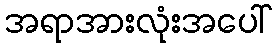
အရာအားလုံးအပေါ်